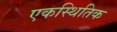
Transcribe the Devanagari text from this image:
एकस्थितिक